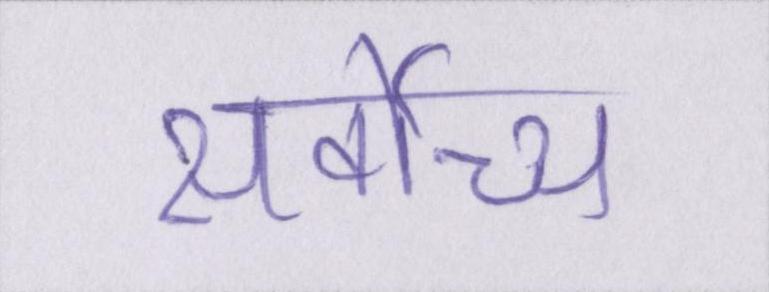
सर्वोच्च